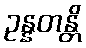
ဥန္နတန္တိ